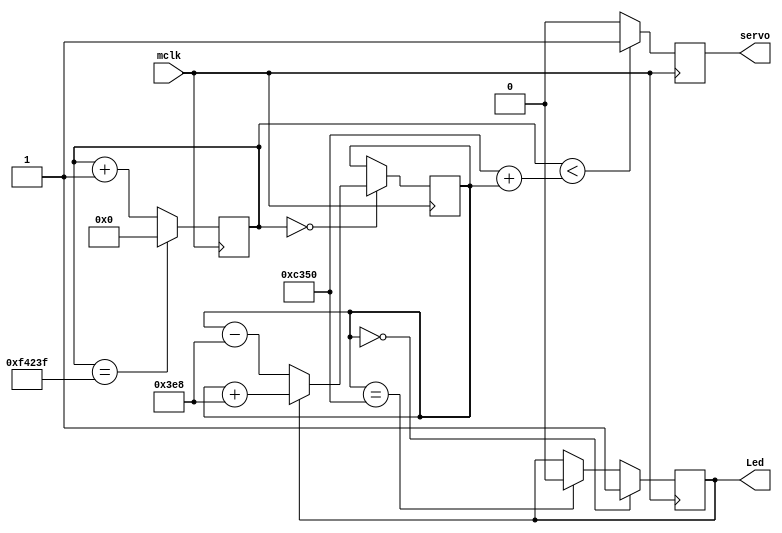
`timescale 1ns / 1ps
//////////////////////////////////////////////////////////////////////////////////
// Company: 
// Engineer: 
// 
// Design Name: 
// Module Name:    top 
// Project Name: 
// Target Devices: 
// Tool versions: 
// Description: 
//
// Dependencies: 
//
// Revision: 
// Revision 0.01 - File Created
// Additional Comments: 
//
//////////////////////////////////////////////////////////////////////////////////
module top(
    input mclk,
//  input control,  //Use this as the control input
	 output [0:0] Led,
    output servo
    );

//50 MHz clock onBoard
//20 ms counter.
//		1/50,000,000  Hz 			= 20  ns (every posedge)
//		(20,000,000 ns)/(20 ns) = 1,000,000
//
//    (20 bits) (2^(20)-1) 	= 1,048,575 (from 0 to 1,048,575)
//				Therefore, counter needs 20 bits [19:0]
//				Count up to 999,999 (0 included)

//Assumed Max (180 deg) 2 ms 			= 100,000*20 ns (100,000 clks)
//Assumed Min (0   deg) 1 ms 			=  50,000*20 ns ( 50,000 clks)
//Positions  100,000 - 50,000 		= 50,000
//Resolution (180 degrees)/50,000 	= 0.0036 degrees

//essential registers
reg [19:0] counter;
reg        servo_reg;

////////////////////////////////////////////////////////////
//Test Control registers ///////////////////////////////////
////////////////////////////////////////////////////////////
reg [15:0] control	=	0; //65535 there is wiggle room but you should be careful to not overcontrol
reg 		  toggle		=	1;
////////////////////////////////////////////////////////////
////////////////////////////////////////////////////////////


always @(posedge mclk)
begin

//Servo algorithm
	counter <= counter + 1;
	if(counter == 'd999999)
			counter <= 0;

	if(counter < ('d50000 + control))
			servo_reg <= 1;
	else
			servo_reg <= 0;

////////////////////////////////////////////////////////////
//Test control algorithm////////////////////////////////////
////////////////////////////////////////////////////////////

		if(control == 'd50000)
				toggle <= 0;
		if(control == 0)
				toggle <= 1;

	if(counter == 0)
		begin
			if(toggle == 0)
					control <= control - 1000;
			if(toggle == 1)
					control <= control + 1000;
		end
////////////////////////////////////////////////////////////
////////////////////////////////////////////////////////////

end

assign Led[0]	= toggle;
assign servo	= servo_reg;

endmodule